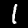
Label: 1